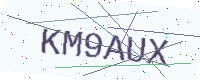
Text: KM9AUX